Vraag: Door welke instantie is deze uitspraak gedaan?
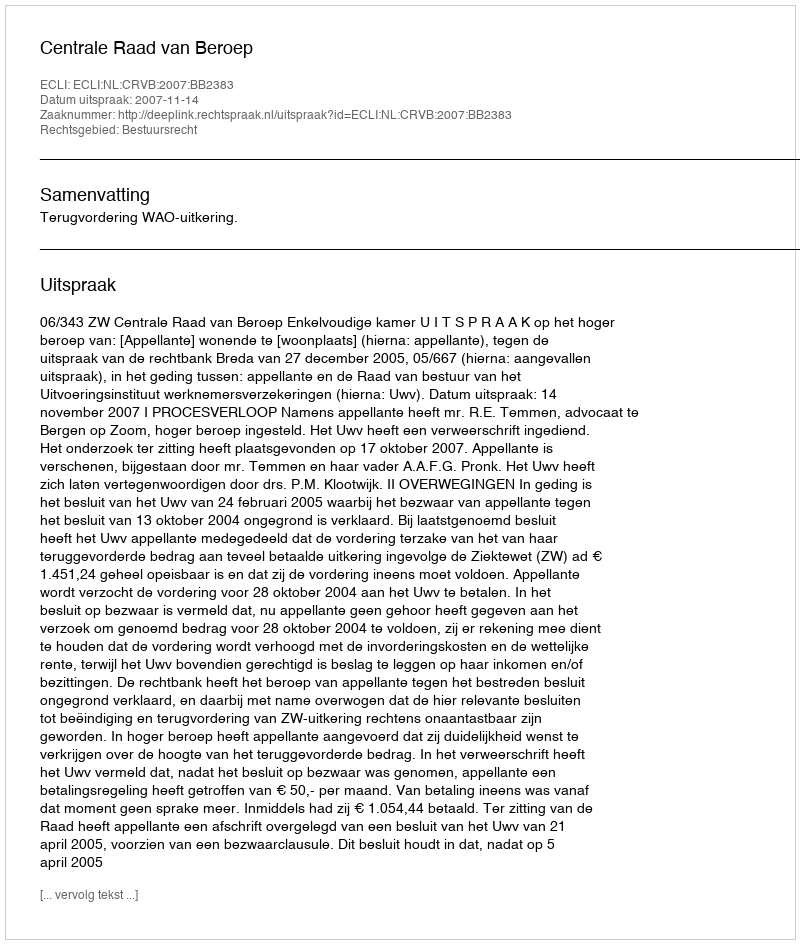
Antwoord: Centrale Raad van Beroep